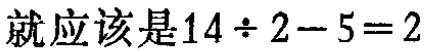
就应该是\(14\div 2 - 5 = 2\)